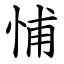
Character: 悑